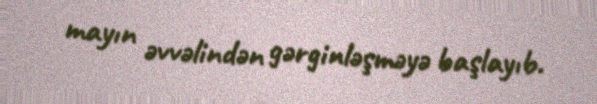
mayın əvvəlindən gərginləşməyə başlayıb.